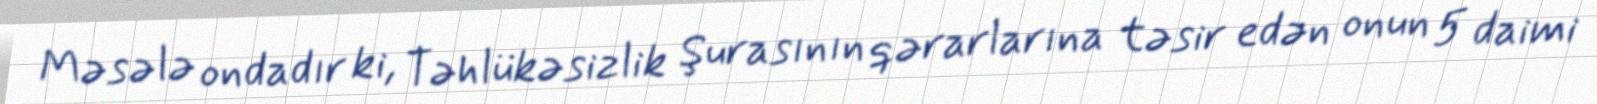
Məsələ ondadır ki, Təhlükəsizlik Şurasının qərarlarına təsir edən onun 5 daimi